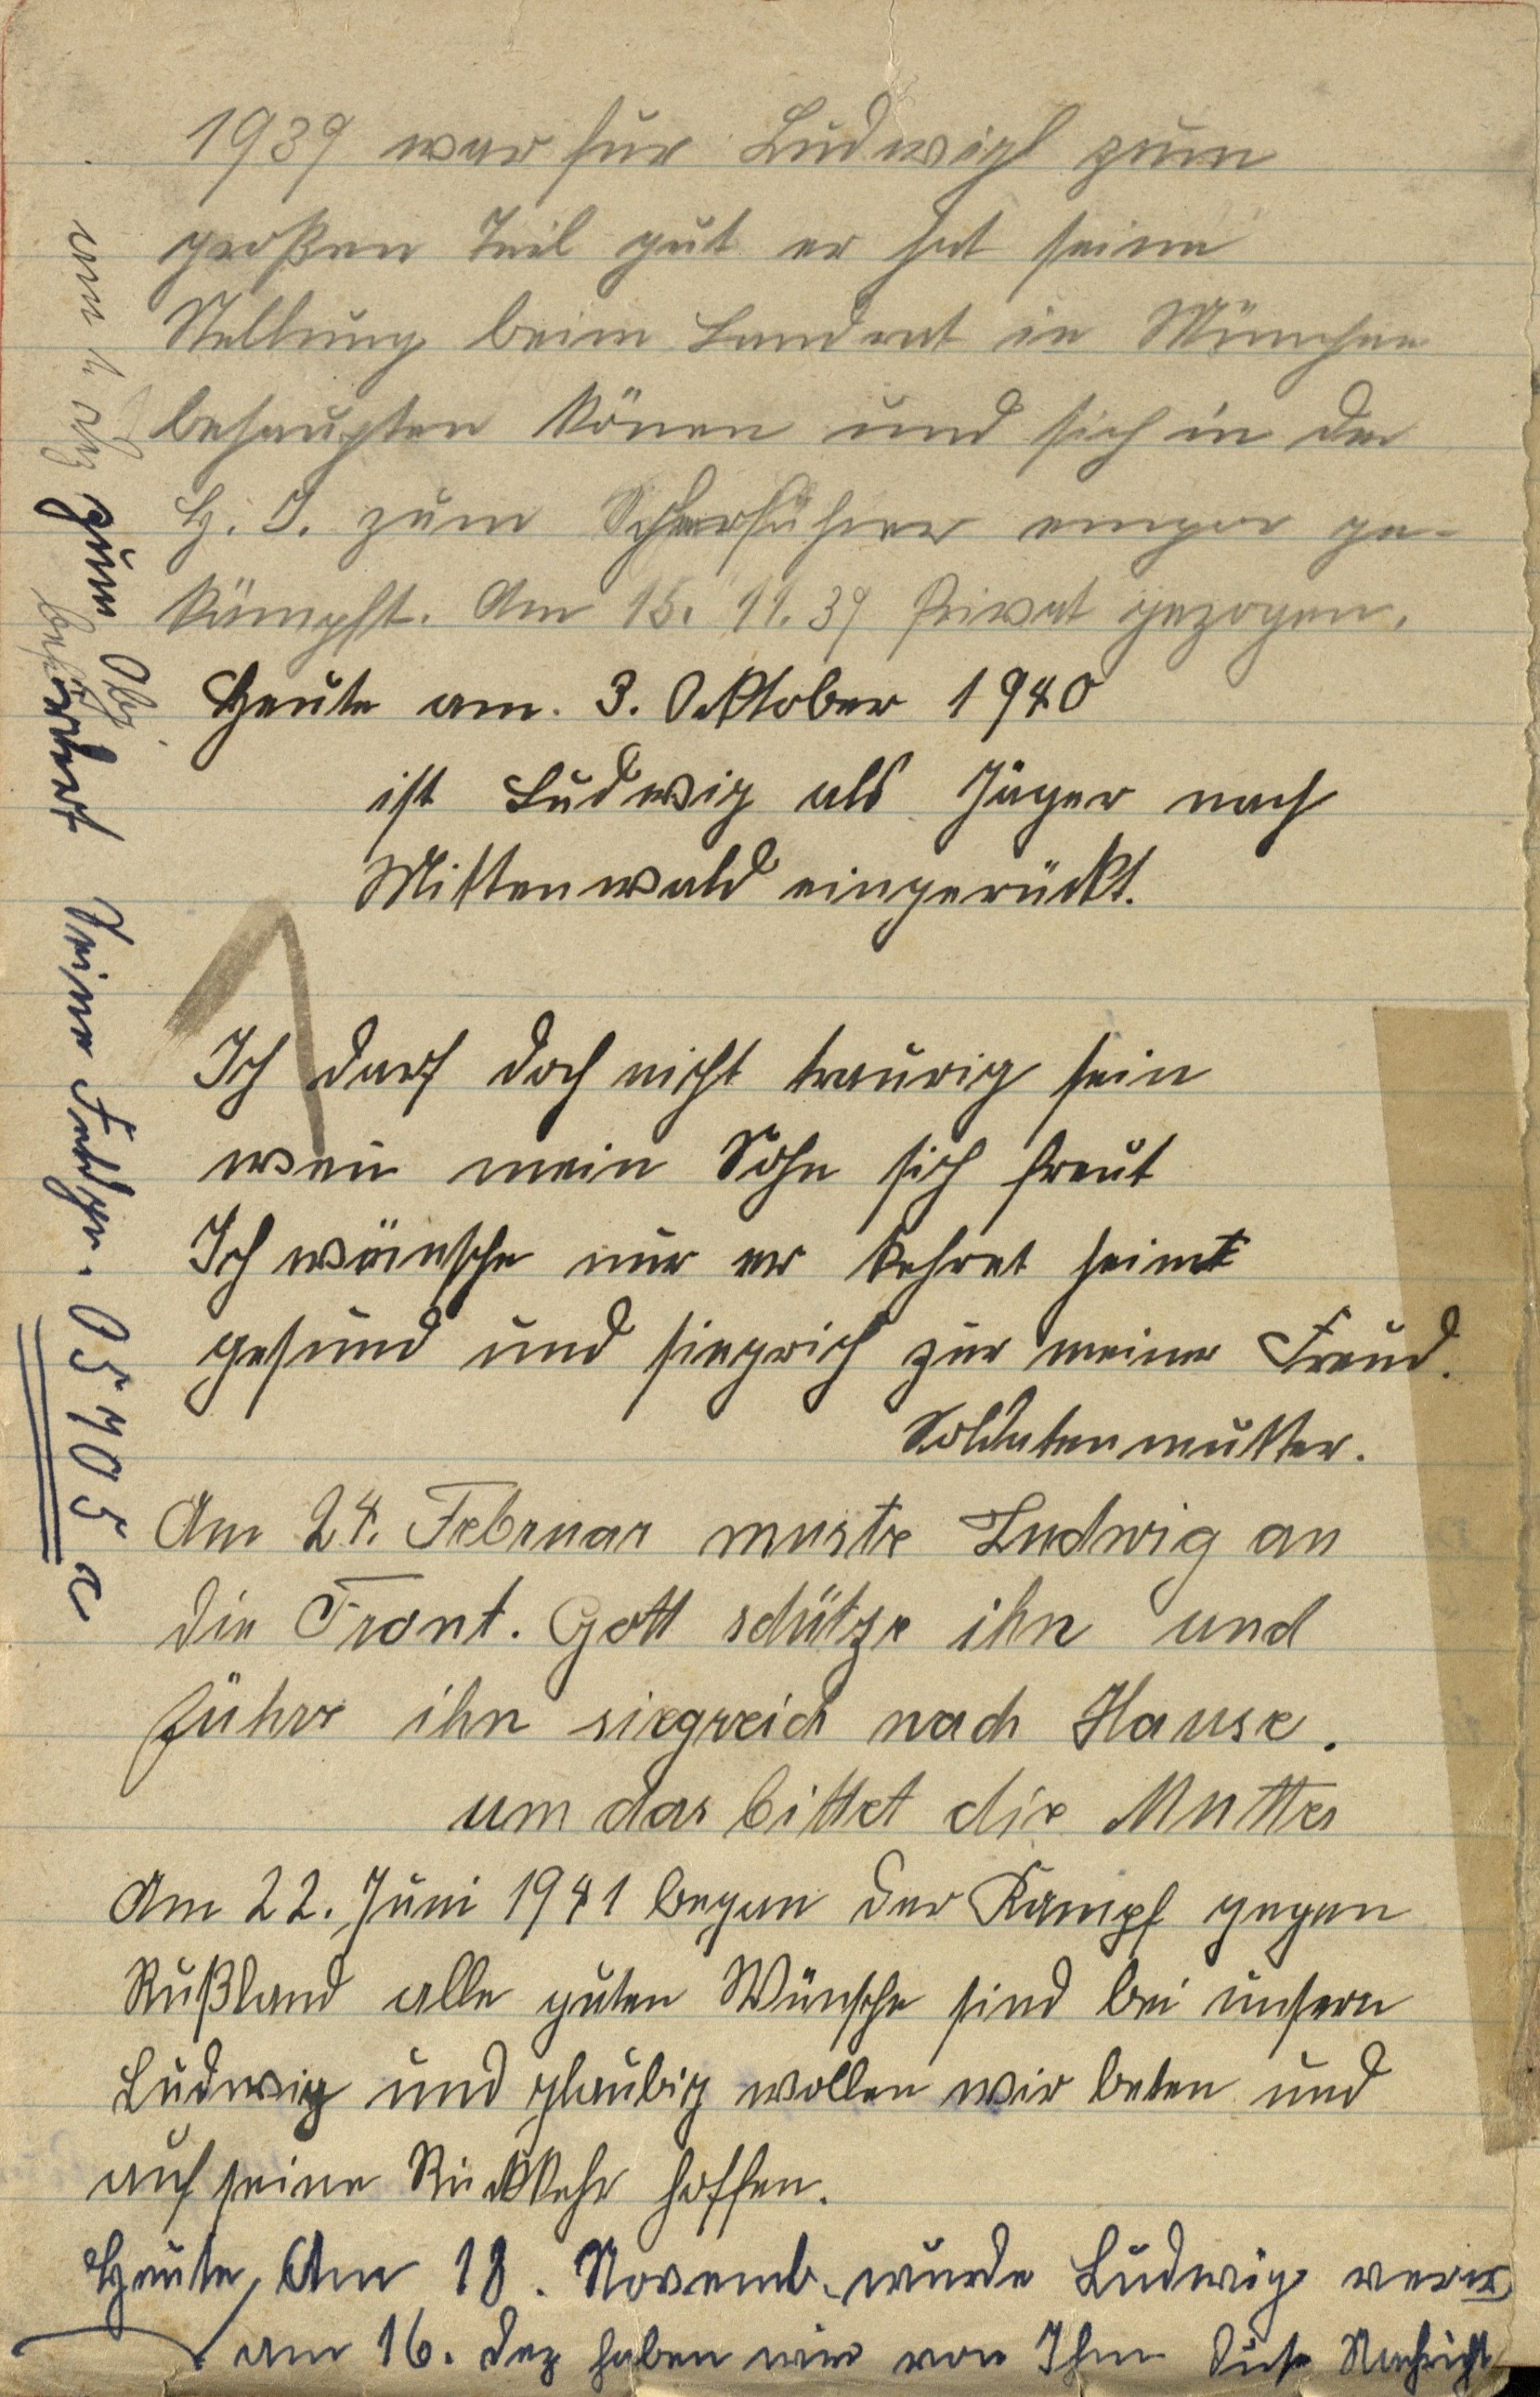
1939 war für Ludwig zum
größten Teil gut er hat seine
Stellung beim Landrat in München
behaupten können und sich in der
H. J. zum Scharführer empor ge¬
kämpft. Am 15. 11. 39 Privat gezogen.
Heute am 3. Oktober 1940
ist Ludwig als Jäger nach
Mittenwald eingerückt.
Ich darf doch nicht traurig sein
wenn mein Sohn sich freut
Ich wünsche nur er kehrt heim
gesund und siegreich zur meiner Freud.
Soldatenmutter.
Am 24. Februar muste Ludwig an
die Front. Gott schütze ihn und
führe ihn siegreich nach Hause
um das bittet die Mutter
Am 22. Juni 1941 began der Kampf gegen
Rußland alle guten Wünsche sind bei unsern
Ludwig und glaubig wollen wir beten und
auf seine Rückkehr hoffen.
Heute am 18. Novemb. wurde Ludwig verv.,
Am 16. Dez haben wir von Ihm diese Nachricht
am 1. Dez zum Obj
befördert Seine Feldgr. 05705 C